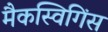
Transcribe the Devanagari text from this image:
मैकस्विगिंस